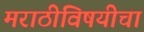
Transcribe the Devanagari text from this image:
मराठीविषयीचा